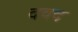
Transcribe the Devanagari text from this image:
दवद